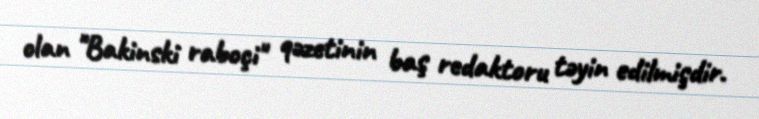
olan "Bakinski raboçi" qəzetinin baş redaktoru təyin edilmişdir.